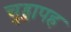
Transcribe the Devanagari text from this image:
चुड्डापह